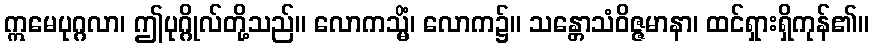
ဣမေပုဂ္ဂလာ၊ ဤပုဂ္ဂိုလ်တို့သည်။ လောကသ္မိံ၊ လောက၌။ သန္တောသံဝိဇ္ဇမာနာ၊ ထင်ရှားရှိကုန်၏။